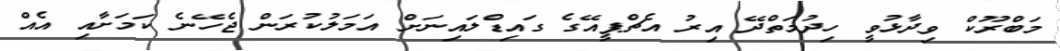
މަބްރޫކް ވިދާޅުވީ ހިދުމަތްދޭ އިރު އެޗްޕީއޭގެ ގައިޑްލައިނަށް އަމަލުކުރަން ޖެހޭނެ ކަމަށާއި އެއް